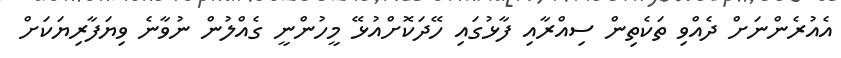
އެއުރެންނަށް ދެއްވި ތަކެތިން ސިއްރާއި ފާޅުގައި ހޭދަކޮށްއުޅޭ މީހުންނީ ގެއްލުން ނުވާނެ ވިޔަފާރިޔަކަށް